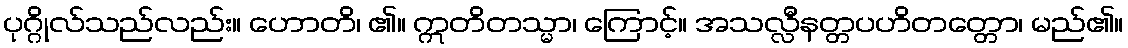
ပုဂ္ဂိုလ်သည်လည်း။ ဟောတိ၊ ၏။ ဣတိတသ္မာ၊ ကြောင့်။ အသလ္လီနတ္တပဟိတတ္တော၊ မည်၏။